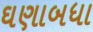
ઘણાબધા